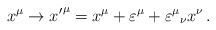
\begin{align*}x^{\mu}\to {x'}^{\mu}=x^{\mu}+\varepsilon^{\mu}+\varepsilon^{\mu}{}_{\nu}x^{\nu}\,.\end{align*}